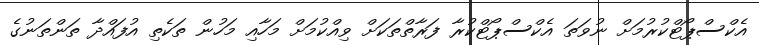
އެކްސްޕޯޓްކުރުމަށް ނުވަތަ އެކްސްޕޯޓްކުރާ ފަރާތްތަކަށް ވިއްކުމަށް މަހާއި މަހުން ތަކެތި އުފައްދާ ތަންތަނުގެ